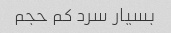
بسیار سرد کم حجم